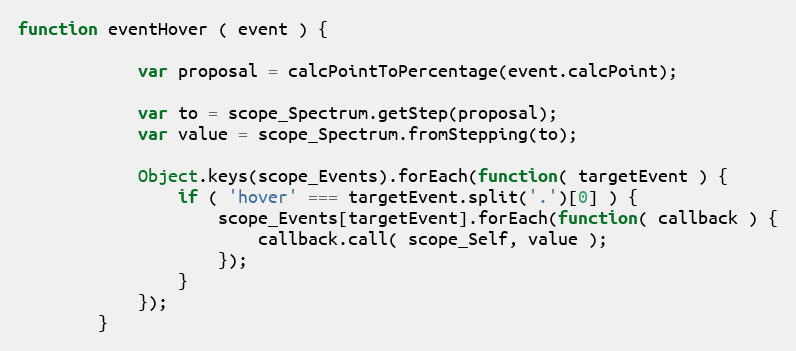
Language: JavaScript
function eventHover ( event ) {

            var proposal = calcPointToPercentage(event.calcPoint);

            var to = scope_Spectrum.getStep(proposal);
            var value = scope_Spectrum.fromStepping(to);

            Object.keys(scope_Events).forEach(function( targetEvent ) {
                if ( 'hover' === targetEvent.split('.')[0] ) {
                    scope_Events[targetEvent].forEach(function( callback ) {
                        callback.call( scope_Self, value );
                    });
                }
            });
        }